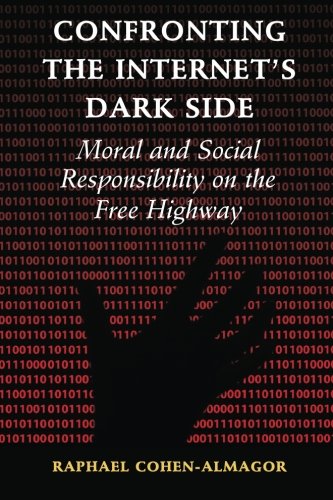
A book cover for Confronting the Internet's Dark Side: Moral and Social Responsibility on the Free Highway; Raphael Cohen-Almagor; Computers & Technology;